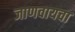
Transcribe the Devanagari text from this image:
जाणवायचा